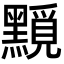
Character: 𪒐